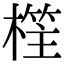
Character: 樦